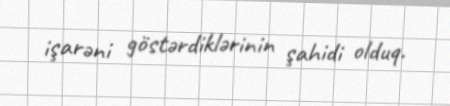
işarəni göstərdiklərinin şahidi olduq.